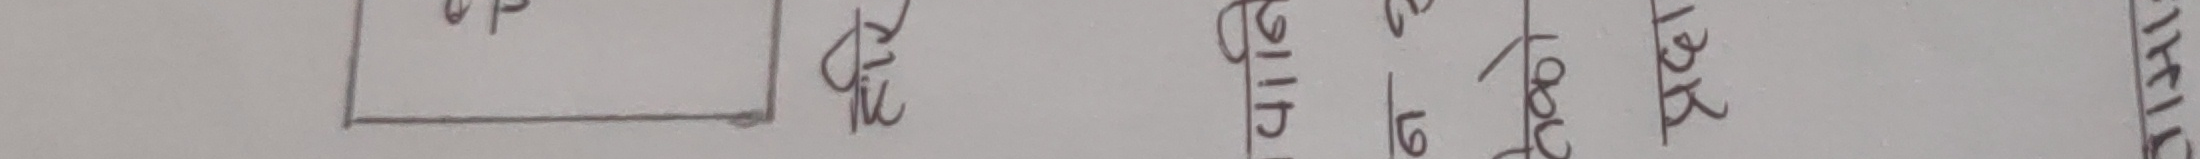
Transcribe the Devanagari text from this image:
उपशिर्ष
१/५
लेख २
धारा २